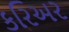
કરિઅર